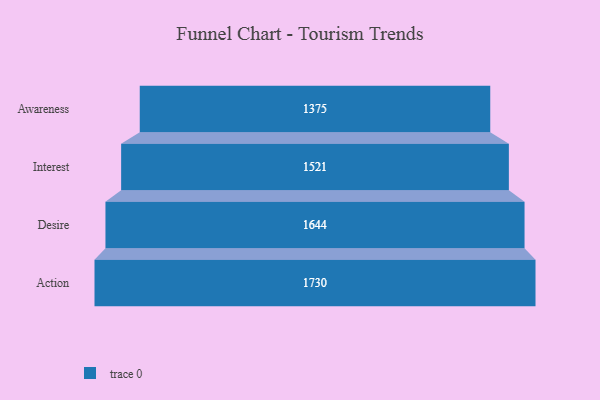
{"axis": {"x": "Stage", "y": "Value"}, "legend": [""], "data": [{"x": "Awareness", "y": 1375.0, "type": ""}, {"x": "Interest", "y": 1521.0, "type": ""}, {"x": "Desire", "y": 1644.0, "type": ""}, {"x": "Action", "y": 1730.0, "type": ""}]}